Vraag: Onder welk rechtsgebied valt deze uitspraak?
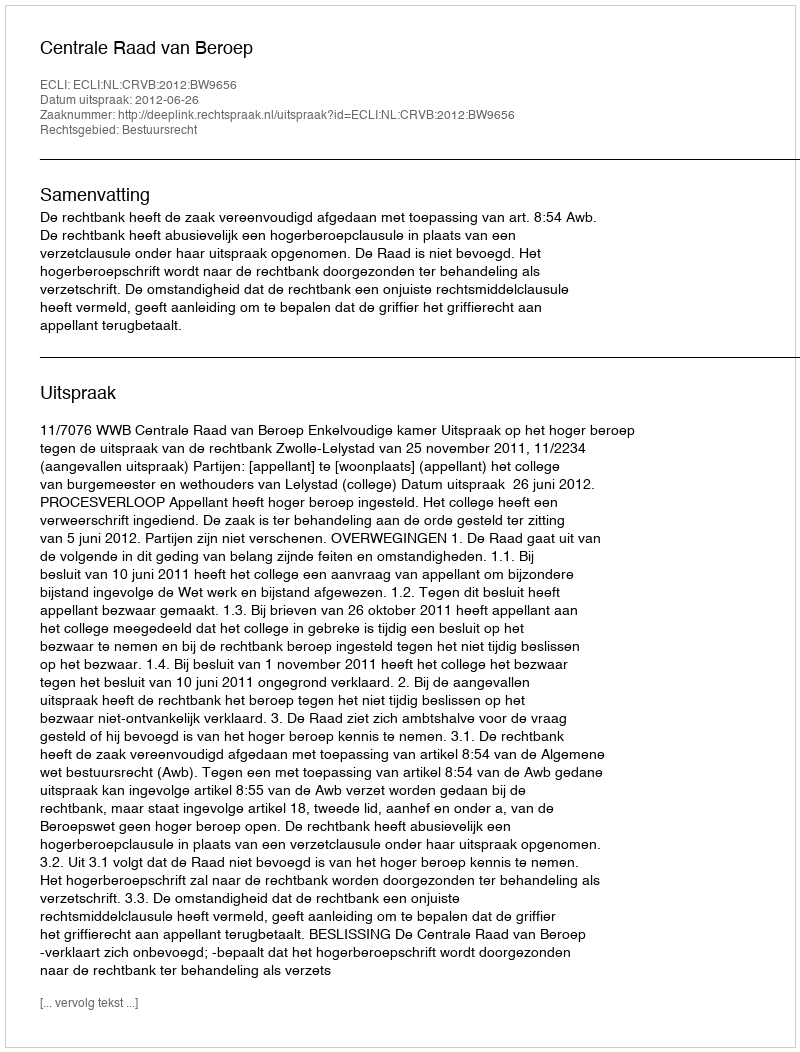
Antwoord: Bestuursrecht